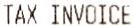
TAX INVOICE